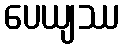
ပေယျဿ